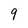
Character: 9